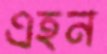
এহন